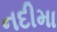
નદીમા